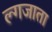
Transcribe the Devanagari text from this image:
ल्गजाता